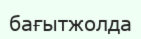
бағытжолда